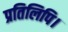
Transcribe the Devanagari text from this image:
प्रतिलिपि।